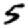
Digit: 5